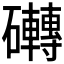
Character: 𮁗